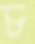
চ